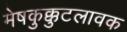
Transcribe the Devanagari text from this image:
मेषकुक्कुटलावक